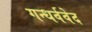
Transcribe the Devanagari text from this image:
गन्धर्ववेद